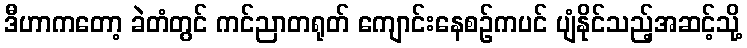
ဒီဟာကတော့ ခဲတံတွင် ကင်ညာတရုတ် ကျောင်းနေစဉ်ကပင် ပျံနိုင်သည့်အဆင့်သို့